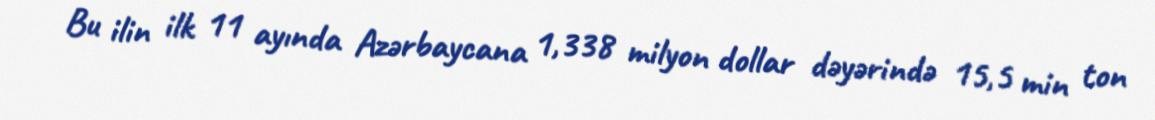
Bu ilin ilk 11 ayında Azərbaycana 1,338 milyon dollar dəyərində 15,5 min ton